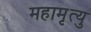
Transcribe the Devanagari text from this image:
महामृत्यु